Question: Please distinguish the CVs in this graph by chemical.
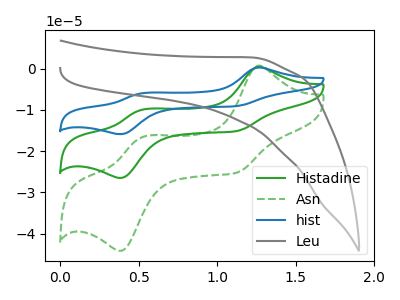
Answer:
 <answer>The green curve is labeled "Histadine". The green dashed curve is labeled "Asn". The blue curve is labeled "hist". The gray curve is labeled "Leu".</answer>
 <eval></eval>